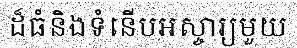
ដ៏ធំនិងទំនើបអស្ចារ្យមួយ